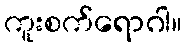
ကူးစက်ရောဂါ။